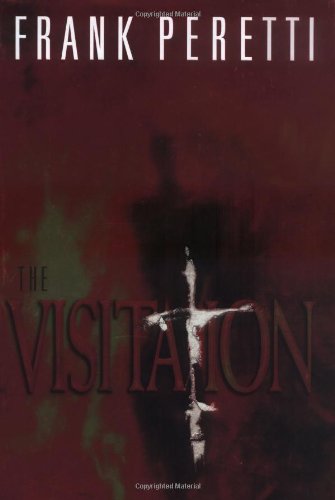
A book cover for The Visitation; Frank Peretti; Religion & Spirituality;